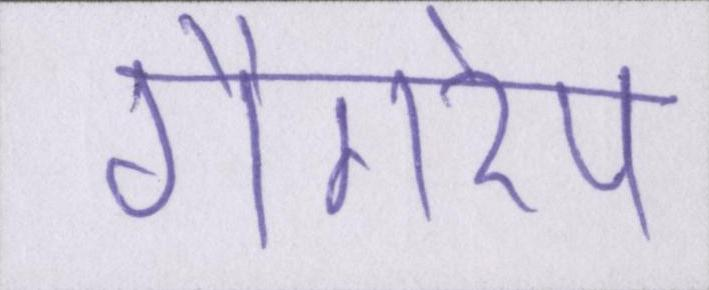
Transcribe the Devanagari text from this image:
गैंगरेप